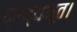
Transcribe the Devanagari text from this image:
द्रव्यभूत।